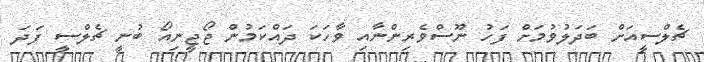
ޗެލްސީއަށް ބަދަލުވުމަށް ފަހު ނޫސްވެރިންނާއި ވާހަކަ ދައްކަމުން ޖޯޖީނިއޯ ބުނީ ޗެލްސީ ފަދަ